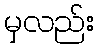
မှလည်း